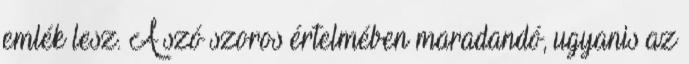
emlék lesz. A szó szoros értelmében maradandó, ugyanis az